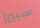
سبيرز